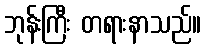
ဘုန်းကြီး တရားနာသည်။